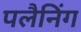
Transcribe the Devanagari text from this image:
पलैनिंग